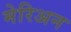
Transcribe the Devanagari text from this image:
मेरिअन